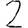
Digit: 2